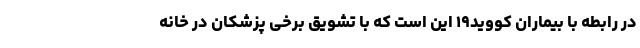
در رابطه با بیماران کووید۱۹ این است که با تشویق برخی پزشکان در خانه